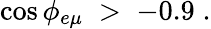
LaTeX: \cos{\phi_{e\mu}}\; >\; -0.9\; .